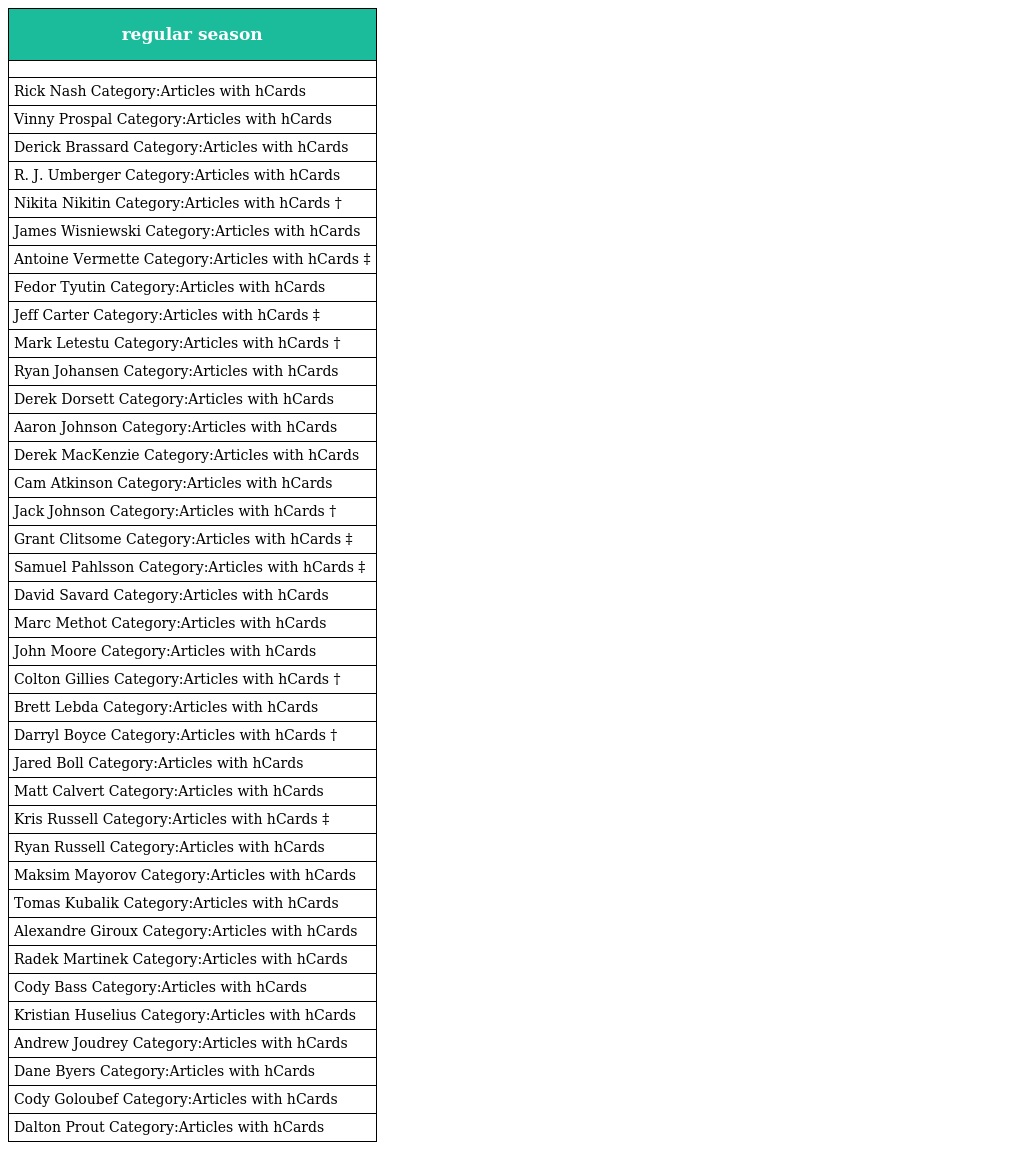
| regular season |
 | --- |
 |  |
 | Rick Nash Category:Articles with hCards |
 | Vinny Prospal Category:Articles with hCards |
 | Derick Brassard Category:Articles with hCards |
 | R. J. Umberger Category:Articles with hCards |
 | Nikita Nikitin Category:Articles with hCards † |
 | James Wisniewski Category:Articles with hCards |
 | Antoine Vermette Category:Articles with hCards ‡ |
 | Fedor Tyutin Category:Articles with hCards |
 | Jeff Carter Category:Articles with hCards ‡ |
 | Mark Letestu Category:Articles with hCards † |
 | Ryan Johansen Category:Articles with hCards |
 | Derek Dorsett Category:Articles with hCards |
 | Aaron Johnson Category:Articles with hCards |
 | Derek MacKenzie Category:Articles with hCards |
 | Cam Atkinson Category:Articles with hCards |
 | Jack Johnson Category:Articles with hCards † |
 | Grant Clitsome Category:Articles with hCards ‡ |
 | Samuel Pahlsson Category:Articles with hCards ‡ |
 | David Savard Category:Articles with hCards |
 | Marc Methot Category:Articles with hCards |
 | John Moore Category:Articles with hCards |
 | Colton Gillies Category:Articles with hCards † |
 | Brett Lebda Category:Articles with hCards |
 | Darryl Boyce Category:Articles with hCards † |
 | Jared Boll Category:Articles with hCards |
 | Matt Calvert Category:Articles with hCards |
 | Kris Russell Category:Articles with hCards ‡ |
 | Ryan Russell Category:Articles with hCards |
 | Maksim Mayorov Category:Articles with hCards |
 | Tomas Kubalik Category:Articles with hCards |
 | Alexandre Giroux Category:Articles with hCards |
 | Radek Martinek Category:Articles with hCards |
 | Cody Bass Category:Articles with hCards |
 | Kristian Huselius Category:Articles with hCards |
 | Andrew Joudrey Category:Articles with hCards |
 | Dane Byers Category:Articles with hCards |
 | Cody Goloubef Category:Articles with hCards |
 | Dalton Prout Category:Articles with hCards |